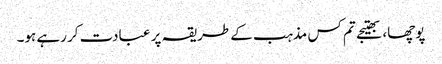
پوچھا، بھتیجے تم کس مذہب کے طریقہ پر عبادت کر رہے ہو۔